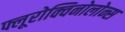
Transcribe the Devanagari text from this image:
फ्लूरोक्विनोलोन्स